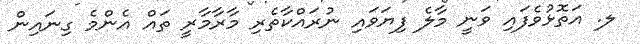
ލ. އަތޮޅުވެފައި ވަނީ މާލެ ފިޔަވައި ނުރައްކާތެރި މާރާމާރީ ތައް އެންމެ ގިނައިން